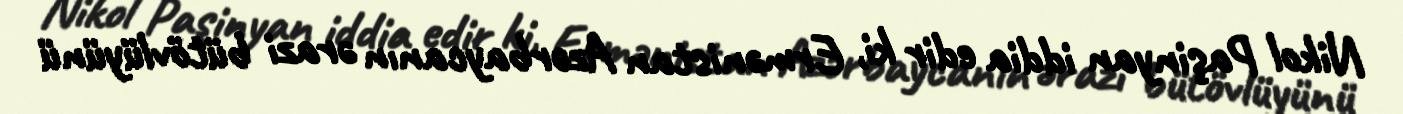
Nikol Paşinyan iddia edir ki, Ermənistan Azərbaycanın ərazi bütövlüyünü